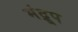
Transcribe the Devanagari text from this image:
मंद्रूप